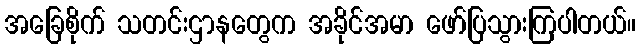
အခြေစိုက် သတင်းဌာနတွေက အခိုင်အမာ ဖော်ပြသွားကြပါတယ်။